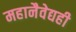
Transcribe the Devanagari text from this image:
महानैवेद्यही